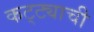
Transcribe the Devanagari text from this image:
कट्ट्याची